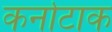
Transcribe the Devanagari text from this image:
कर्नाटाक